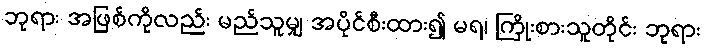
ဘုရား အဖြစ်ကိုလည်း မည်သူမျှ အပိုင်စီးထား၍ မရ၊ ကြိုးစားသူတိုင်း ဘုရား